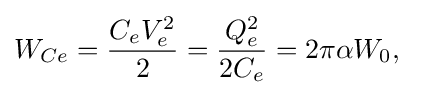
W_{Ce}={\frac {C_{e}V_{e}^{2}}{2}}={\frac {Q_{e}^{2}}{2C_{e}}}=2\pi \alpha W_{0},\